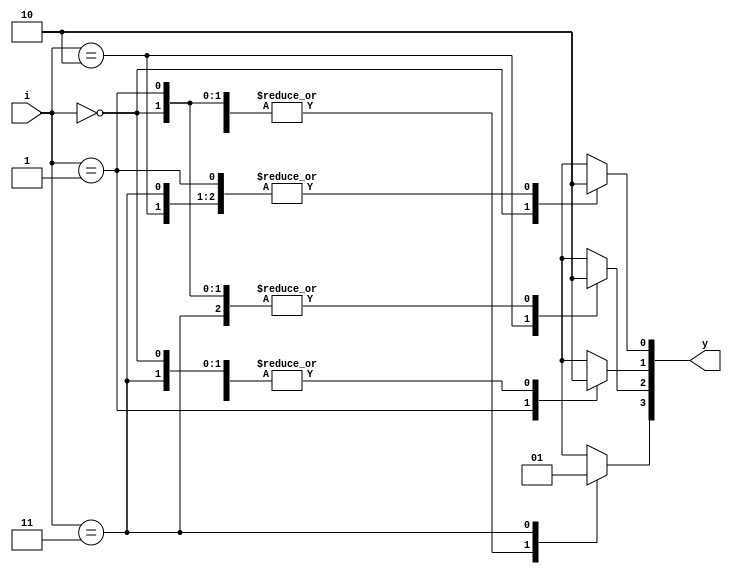
`timescale 1ns / 1ps

module decoder_2_4(
    input [1:0] i,
   	output reg[3:0] y);
	always@(i)
		begin
		y=0;
			case(i)	
					2'b00 : y[0] = 1'b1;
					2'b01 : y[1] = 1'b1;
					2'b10 : y[2] = 1'b1;
					2'b11 : y[3] = 1'b1;
			endcase
		end	
endmodule

module decoder_xor_xnor(
    input a,b,
    output xor_g, xnor_g
    );
    wire [3:0] w;

    decoder_2_4 gate({a,b}, w);
    
    assign xor_g= w[1] | w[2];
    assign xnor_g= w[0] | w[3];
    
endmodule